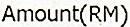
AMOUNT(RM)